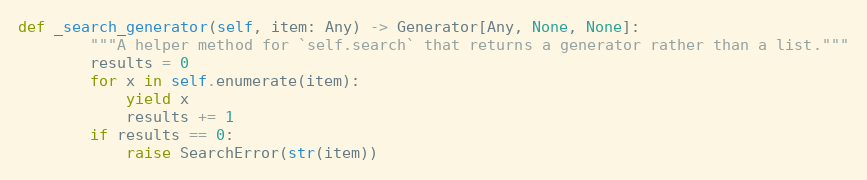
Language: Python
def _search_generator(self, item: Any) -> Generator[Any, None, None]:
        """A helper method for `self.search` that returns a generator rather than a list."""
        results = 0
        for x in self.enumerate(item):
            yield x
            results += 1
        if results == 0:
            raise SearchError(str(item))